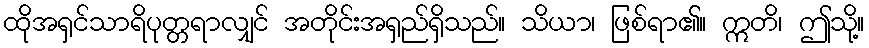
ထိုအရှင်သာရိပုတ္တရာလျှင် အတိုင်းအရှည်ရှိသည်။ သိယာ၊ ဖြစ်ရာ၏။ ဣတိ၊ ဤသို့။